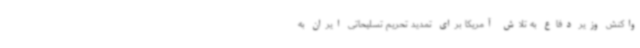
واکنش وزیر دفاع به تلاش آمریکا برای تمدید تحریم تسلیحاتی ایران به